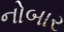
નોબાર